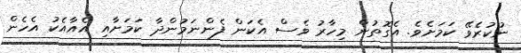
ނުކުރެވޭ ކަމަށެވެ. އެގޮތުން މިހާރު ވެސް އެކަން ފެންނަމުންދާ ކަމަށާއި އެއާއެކު އެހެން